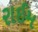
રાઈમ